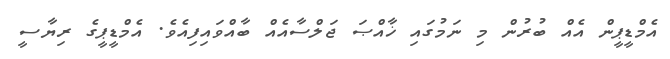
އެމްޑީޕީން އެއް ބުރުން މި ނަމުގައި ޚާއްޞަ ޖަލްސާއެއް ބާއްވައިފިއެވެ. އެމްޑީޕީގެ ރިޔާސީ